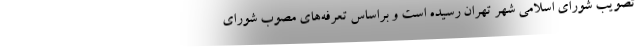
تصویب شورای اسلامی شهر تهران رسیده است و براساس تعرفه‌های مصوب شورای